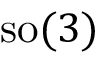
\operatorname { s o } ( 3 )